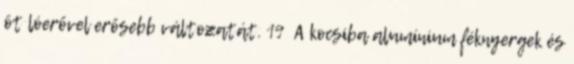
öt lóerővel erősebb változatát. 19 A kocsiba alumínium féknyergek és